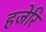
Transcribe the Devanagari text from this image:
हजेरि